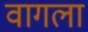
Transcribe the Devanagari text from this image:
वागला